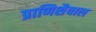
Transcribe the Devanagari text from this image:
प्राणिशैवाल